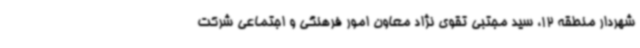
شهردار منطقه 12، سید مجتبی تقوی نژاد معاون امور فرهنگی و اجتماعی شرکت